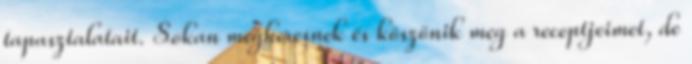
tapasztalatait. Sokan megkeresnek és köszönik meg a receptjeimet, de